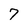
Character: 7